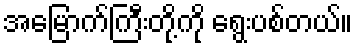
အမြောက်ကြီးတို့ကို ရွေးပစ်တယ်။